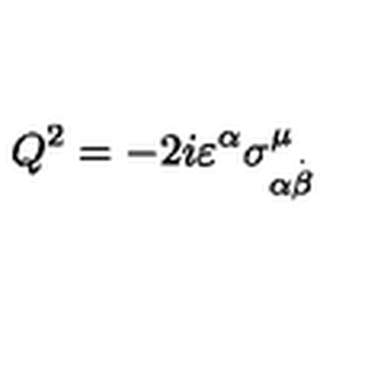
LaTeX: Q ^ { 2 } = - 2 i \varepsilon ^ { \alpha } \sigma _ { \alpha \stackrel { . } { \beta } } ^ { \mu } \,